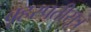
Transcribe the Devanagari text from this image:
बृहस्पतीसूत्र